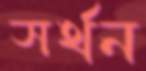
সর্থন